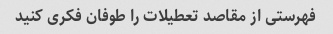
فهرستی از مقاصد تعطیلات را طوفان فکری کنید